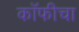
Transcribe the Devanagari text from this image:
कॉफीचा